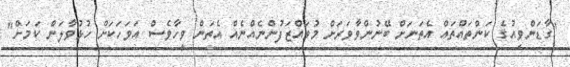
"ގާޑަންވިއުގެ ކަންތައްތައް އެތަނަށް ބޭނުންވާވަރަށް މުވައްޒަފުންނެއްނެއް އެތަން ވީހާވެސް އަވަހަކަށް ހުޅުވާލަން ކަމަށް"